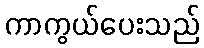
ကာကွယ်ပေးသည်